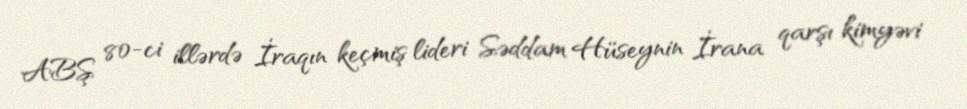
ABŞ 80-ci illərdə İraqın keçmiş lideri Səddam Hüseynin İrana qarşı kimyəvi